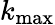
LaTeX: k_{\mathrm{max}}